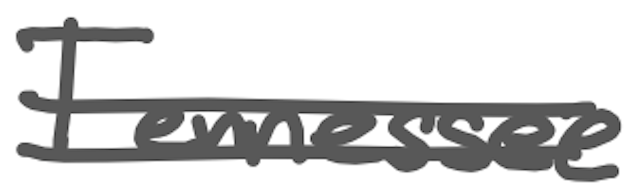
Text: Tennessee
Cross-out: double-line
Writing tool: digital_gray